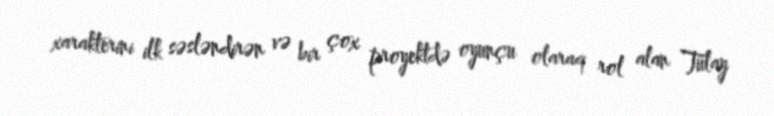
xarakterini ilk səsləndirən və bir çox proyektdə oyunçu olaraq rol alan Tülay